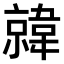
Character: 𫖎